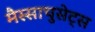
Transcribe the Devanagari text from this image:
मैस्साचुसेट्स